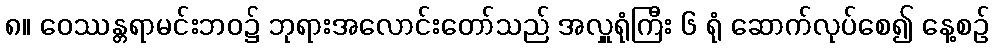
၈။ ဝေဿန္တရာမင်းဘဝ၌ ဘုရားအလောင်းတော်သည် အလှူရုံကြီး ၆ ရုံ ဆောက်လုပ်စေ၍ နေ့စဉ်